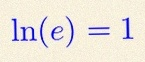
\ln(e)=1